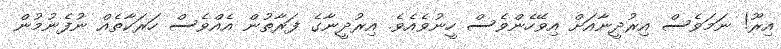
އިރޫ! ނަމަވެސް އިރުދީނާއަށް އިވޭހެންވެސް ހީނުވެއެވެ. އިރުދީނާގެ ފަރާތުން އެއްވެސް ހަރަކާތެއް ނުފެނުމުން